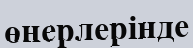
өнерлерінде